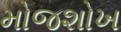
મોજશોખ